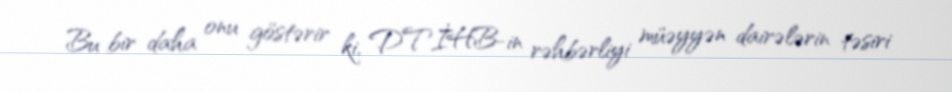
Bu bir daha onu göstərir ki, DTİHB-in rəhbərliyi müəyyən dairələrin təsiri